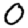
Digit: 0